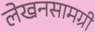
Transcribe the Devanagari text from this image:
लेखनसामग्री